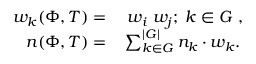
\begin{array} { r l } { w _ { k } ( \Phi , T ) = } & { { } \; w _ { i } \; w _ { j } ; \; k \in G \; , } \\ { n ( \Phi , T ) = } & { { } \sum _ { k \in G } ^ { | G | } n _ { k } \cdot w _ { k } . } \end{array}